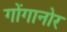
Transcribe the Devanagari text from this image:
गोंगानोर